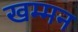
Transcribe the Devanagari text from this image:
खम्मन